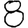
Digit: 8